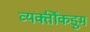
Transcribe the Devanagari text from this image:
व्यक्तींकडूम